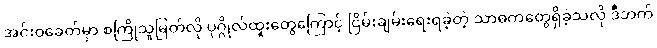
အင်းဝခေတ်မှာ စကြိုသူမြတ်လို ပုဂ္ဂိုလ်ထူးတွေကြောင့် ငြိမ်းချမ်းရေးရခဲ့တဲ့ သာဓကတွေရှိခဲ့သလို ဒီဘက်